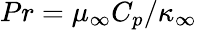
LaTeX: Pr=\mu_{\infty}C_{p}/\kappa_{\infty}